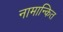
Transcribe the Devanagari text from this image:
नामान्कित